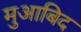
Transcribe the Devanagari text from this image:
मुआबिद